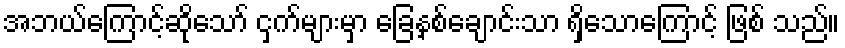
အဘယ်ကြောင့်ဆိုသော် ငှက်များမှာ ခြေနှစ်ချောင်းသာ ရှိသောကြောင့် ဖြစ် သည်။